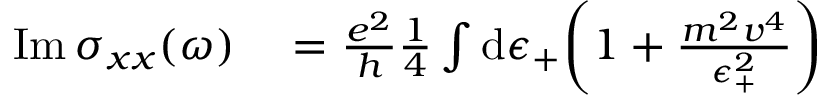
\begin{array} { r l } { \mathrm { I m } \, \sigma _ { x x } ( \omega ) } & { { } = \frac { e ^ { 2 } } { h } \frac { 1 } { 4 } \int \mathrm { d } \epsilon _ { + } \bigg ( 1 + \frac { m ^ { 2 } v ^ { 4 } } { \epsilon _ { + } ^ { 2 } } \bigg ) } \end{array}